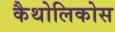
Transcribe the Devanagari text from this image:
कैथोलिकोस